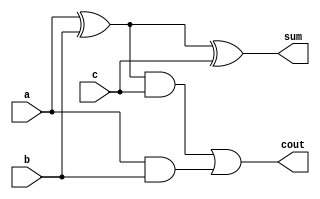

module FA(a,b,c,cout,sum);

  input a,b,c;
  output cout,sum;

  wire e1,e2,e3;

  assign e1 = a^b;
  assign e2 = a&b;
  assign sum = e1^c;
  assign e3 = e1&c;
  assign cout = e3|e2;
  
endmodule